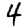
Digit: 4